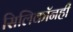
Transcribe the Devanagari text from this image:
सिलिकॉनही